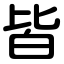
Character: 皆